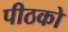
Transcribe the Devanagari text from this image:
पीठको